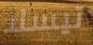
تيسلا